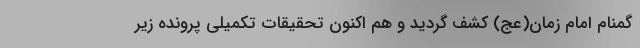
گمنام امام زمان(عج) کشف گردید و هم اکنون تحقیقات تکمیلی پرونده زیر